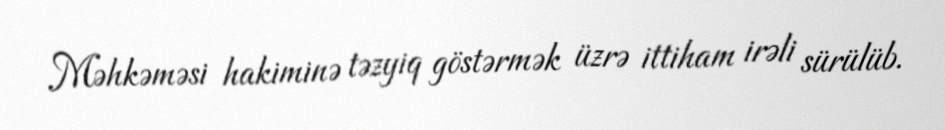
Məhkəməsi hakiminə təzyiq göstərmək üzrə ittiham irəli sürülüb.